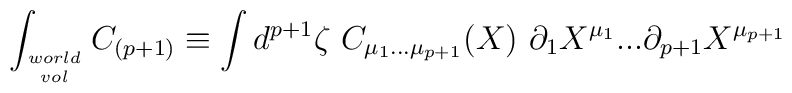
\int_{world\atop vol}  C_{(p+1)} \equiv\int d^{p+1}\zeta \ C_{\mu_1...\mu_{p+1}}(X)\  \partial_{1}X^{\mu_1}... \partial_{{p+1}}X^{\mu_{p+1}}